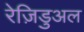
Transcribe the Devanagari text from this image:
रेज़िडुअल